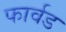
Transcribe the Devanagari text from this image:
फार्वड